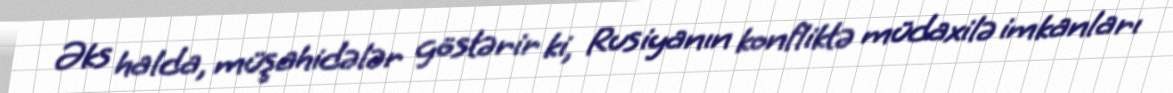
Əks halda, müşahidələr göstərir ki, Rusiyanın konfliktə müdaxilə imkanları